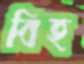
বিহ